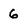
Character: 6